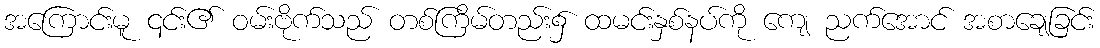
အကြောင်းမူ ၎င်း၏ ဝမ်းဗိုက်သည် တစ်ကြိမ်တည်း၌ ထမင်းနှစ်နပ်ကို ကျေ ညက်အောင် အစာချေခြင်း